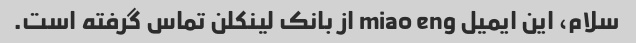
سلام، این ایمیل miao eng از بانک لینکلن تماس گرفته است.